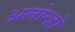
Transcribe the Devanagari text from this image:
अलोन्ज़ो